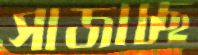
সাজাচ্ছ